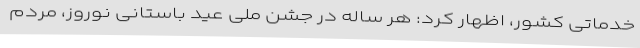
خدماتی کشور، اظهار کرد: هر ساله در جشن ملی عید باستانی نوروز، مردم